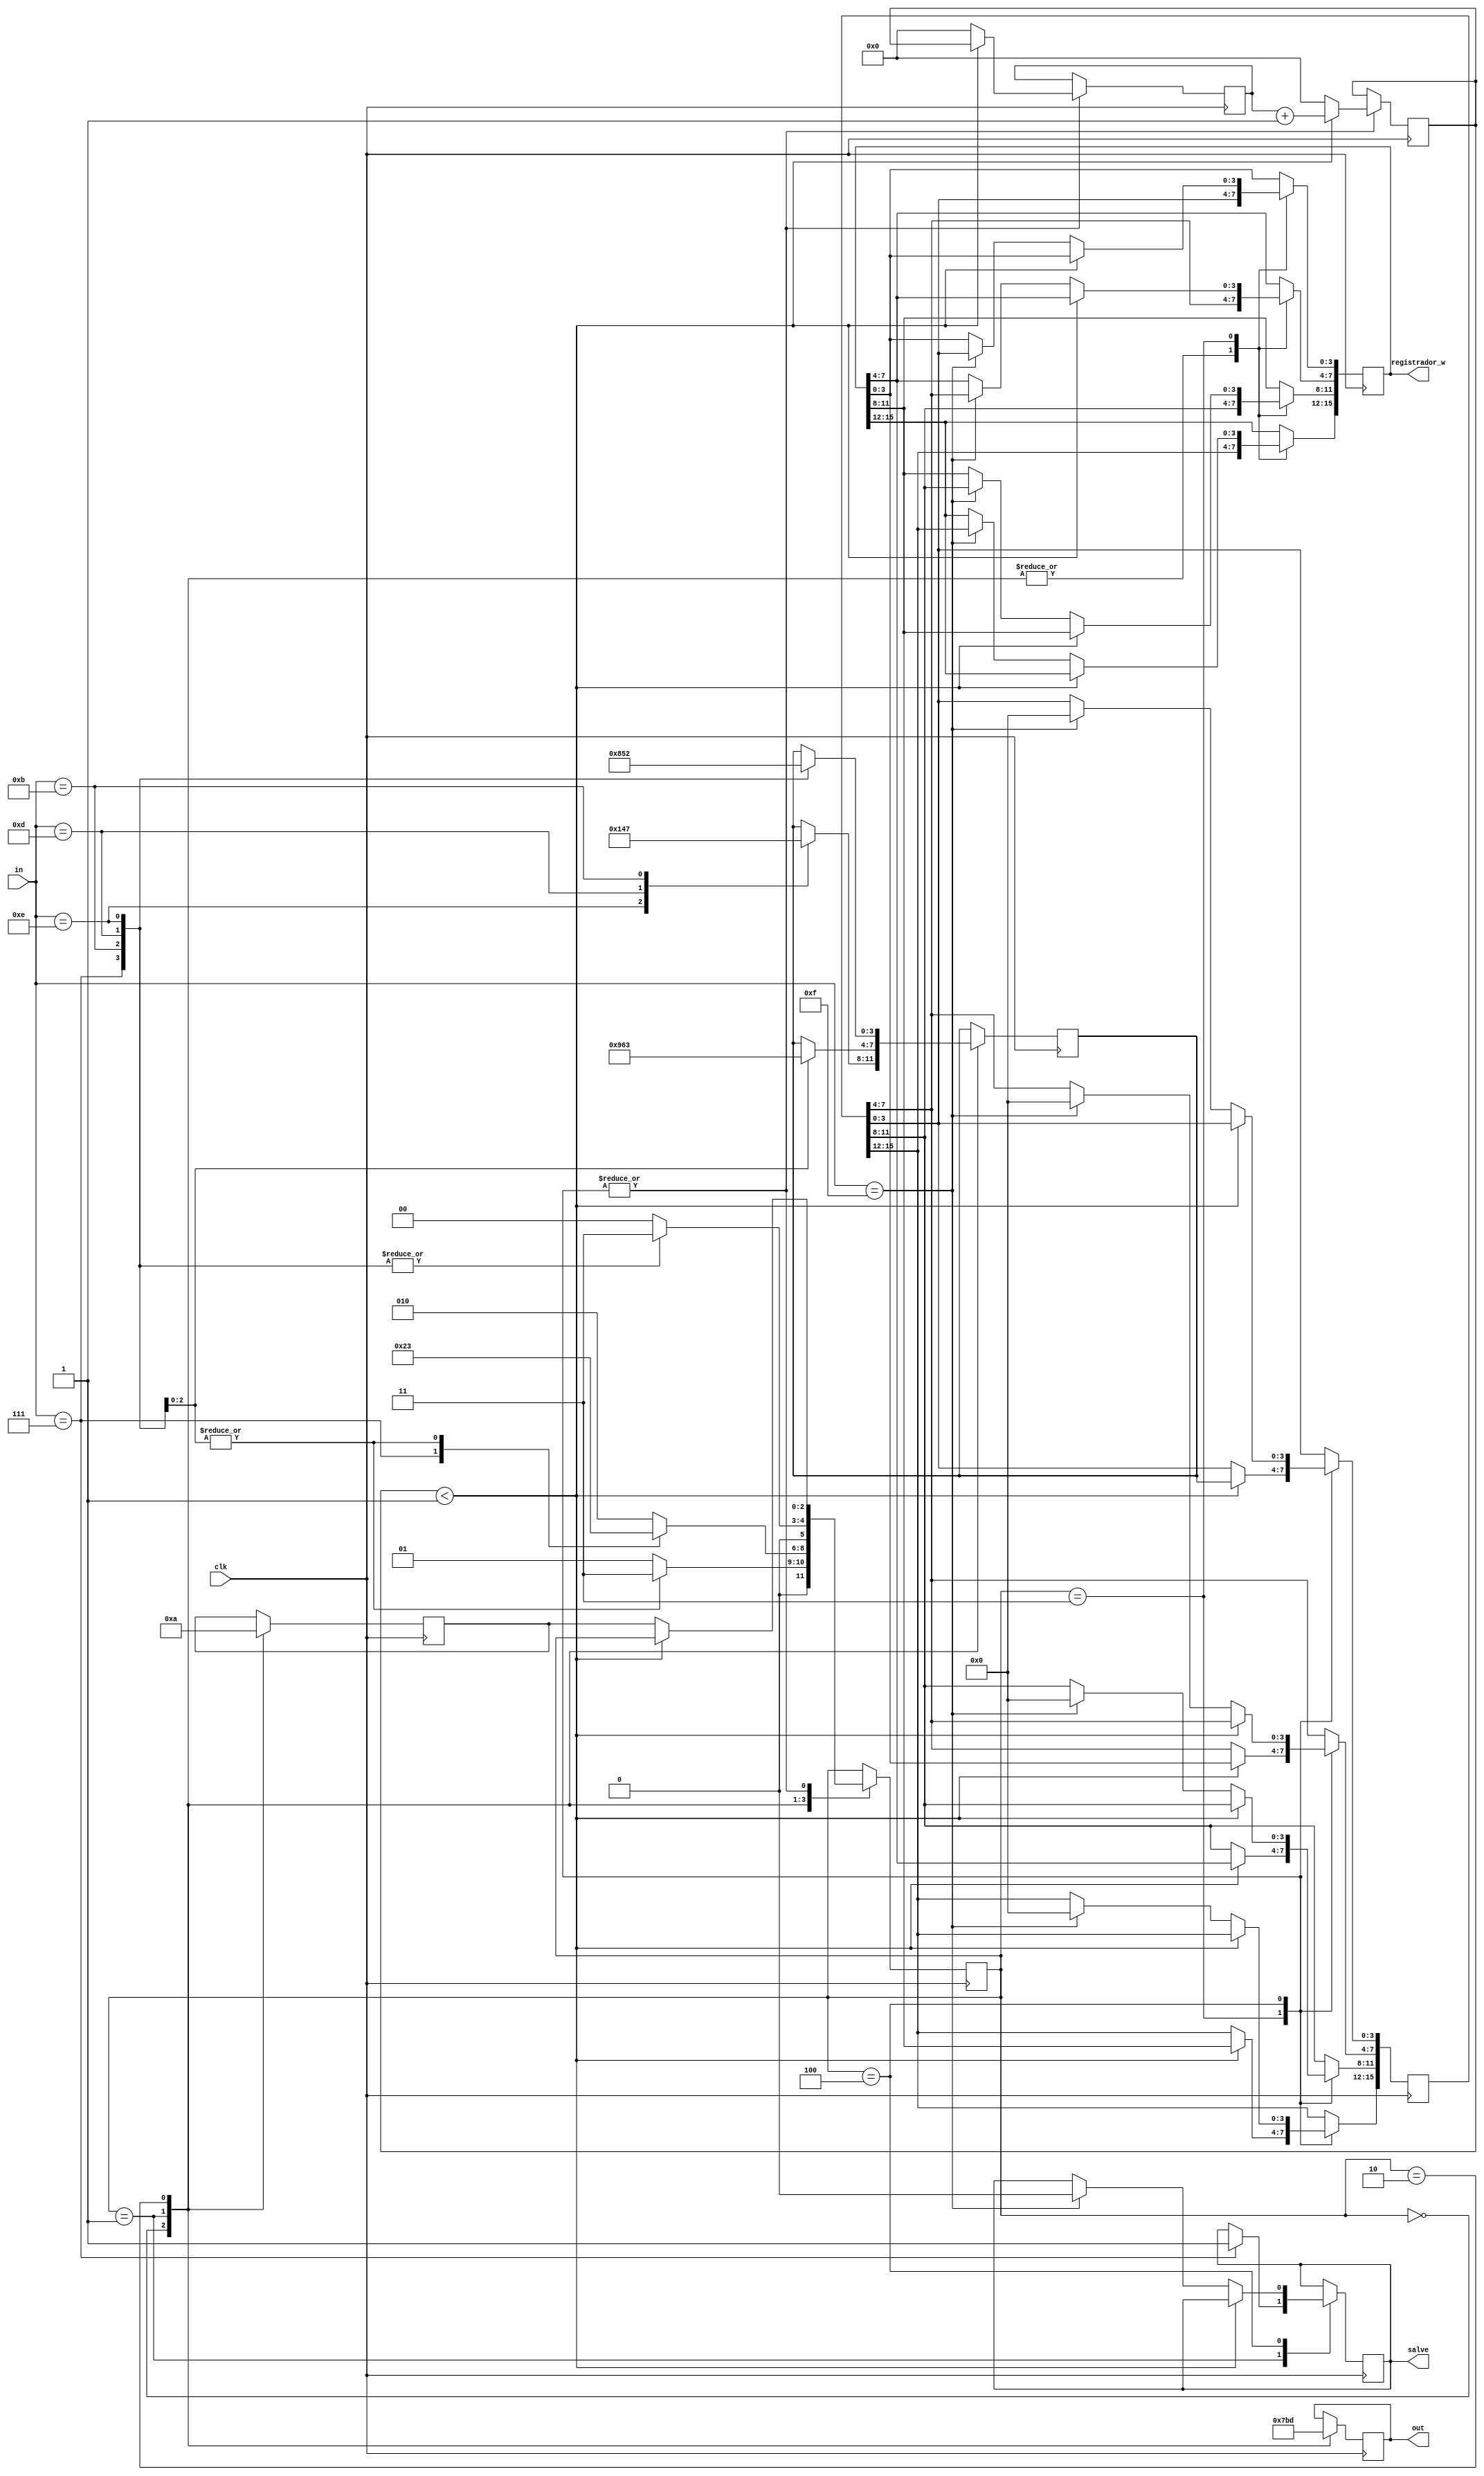
module teclado2(clk, in, out, registrador_w, salve);

	input clk;
	input [3:0] in;
	
	output reg [3:0] out;
	output reg [15:0] registrador_w;
	output reg salve;
	
	/* parametros usados no case */
	parameter[2:0] coluna0 = 3'b000, coluna1 = 3'b001, coluna2 = 3'b010, debouncing = 3'b011, debouncing2 = 3'b100;
	parameter[3:0] tecla_1 = 4'b1110, tecla_4 = 4'b1101, tecla_7 = 4'b1011,
				   tecla_esp = 4'b0111, tecla_9 = 4'b1011, tecla_6 = 4'b1101, tecla_3 = 4'b1110,
				   tecla_0 = 4'b0111, tecla_8 = 4'b1011, tecla_5 = 4'b1101, tecla_2 = 4'b1110;
	/* parametros usados no case */
	
	/* registradores */
	reg [15:0] delicia;
	reg [26:0] count;
	reg [26:0] count_aux;
	reg [3:0] numero;
	reg [2:0] state_anterior;
	reg [1:0] state_soma;
	reg [15:0] decimal_aux;
	reg [2:0] state;
	/* registradores */
	
	initial begin
		salve <= 0;
		count <= 0;
		state <= 0;
		count_aux <= 0;
	end

	always @(posedge clk) begin
		case(state)
			coluna0: begin
				out <= 4'b0111;
				state_anterior <= coluna0;
				state <= coluna1;
				registrador_w[15:12] <= delicia[15:12];
				registrador_w[11:8] <= delicia[11:8];
				registrador_w[7:4] <= delicia[7:4];
				registrador_w[3:0] <= delicia[3:0];
				case(in)
					tecla_1: begin
						numero <= 4'b0001;
						state <= debouncing;
					end
					tecla_4: begin
						numero <= 4'b0100;
						state <= debouncing;
					end
					tecla_7: begin
						numero <= 4'b0111;
						state <= debouncing;
					end
				endcase
			end
			coluna1: begin
				out <= 4'b1011;
				state_anterior <= coluna1;
				state <= coluna2;
				registrador_w[15:12] <= delicia[15:12];
				registrador_w[11:8] <= delicia[11:8];
				registrador_w[7:4] <= delicia[7:4];
				registrador_w[3:0] <= delicia[3:0];
				case(in)
					tecla_esp: begin
						salve <= 1;
						state <= debouncing2;
					end
					tecla_9: begin
						numero <= 4'b1001;
						state <= debouncing;
					end
					tecla_6: begin
						numero <= 4'b0110;
						state <= debouncing;
					end
					tecla_3: begin
						numero <= 4'b0011;
						state <= debouncing;
					end
				endcase
			end
			coluna2: begin
				out <= 4'b1101;
				state_anterior <= coluna2;
				state <= coluna0;
				registrador_w[15:12] <= delicia[15:12];
				registrador_w[11:8] <= delicia[11:8];
				registrador_w[7:4] <= delicia[7:4];
				registrador_w[3:0] <= delicia[3:0];
				case(in)
					tecla_0: begin
						numero <= 4'b0000;
						state <= debouncing;
					end
					tecla_8: begin
						numero <= 4'b1000;
						state <= debouncing;
					end
					tecla_5: begin
						numero <= 4'b0101;
						state <= debouncing;
					end
					tecla_2: begin
						numero <= 4'b0010;
						state <= debouncing;
					end
				endcase
			end
			debouncing: begin
				if(count < 27'd1) begin
					count <= count_aux + 1;
					count_aux <= count;
					delicia[15:12] <= registrador_w[11:8];
					delicia[11:8] <= registrador_w[7:4];
					delicia[7:4] <= registrador_w[3:0];
					delicia[3:0] <= numero;
				end
				else begin
					if(in == 4'b1111) begin
						state <= state_anterior;
						registrador_w[15:12] <= delicia[15:12];
						registrador_w[11:8] <= delicia[11:8];
						registrador_w[7:4] <= delicia[7:4];
						registrador_w[3:0] <= delicia[3:0];
						count <= 0;
						count_aux <= 0;
					end
					else begin
						state <= state_anterior;
						count <= 0;
						count_aux <= 0;
					end
				end
			end
			
			debouncing2:begin
				if(count < 27'd1) begin
					count <= count_aux + 1;
					count_aux <= count;
				end
				else begin
					if(in == 4'b1111) begin
						state <= state_anterior;
						count <= 0;
						salve <= 0;
						count_aux <= 0;
						delicia[15:12] <= 0;
						delicia[11:8] <= 0;
						delicia[7:4] <= 0;
						delicia[3:0] <= 0;
					end
					else begin
						state <= state_anterior;
						count <= 0;
						count_aux <= 0;
					end
				end
			end
		endcase
	end

endmodule